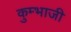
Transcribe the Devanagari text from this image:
कुम्भाजी